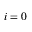
i = 0